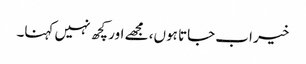
خیر اب جاتا ہوں، مجھے اور کچھ نہیں کہنا۔